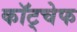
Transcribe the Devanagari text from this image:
कॉट्चेफ